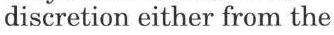
discretion either from the